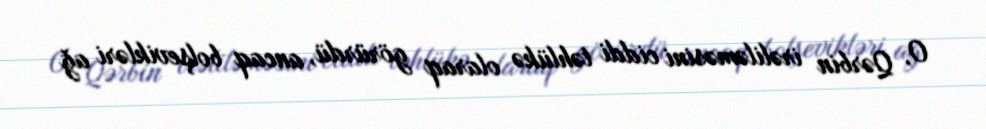
O, Qərbin irəliləməsini ciddi təhlükə olaraq görürdü, ancaq bolşevikləri ağ